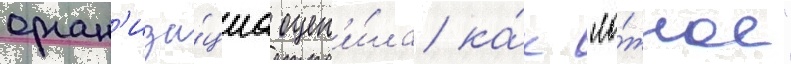
орган'иза́циа оцен'и́ла ка́к "ло́жное"